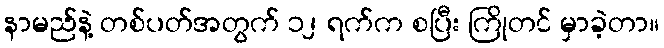
နာမည်နဲ့ တစ်ပတ်အတွက် ၁၂ ရက်က စပြီး ကြိုတင် မှာခဲ့တာ။